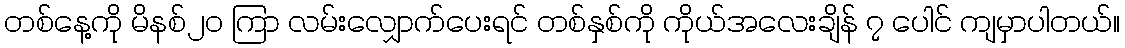
တစ်နေ့ကို မိနစ်၂၀ ကြာ လမ်းလျှောက်ပေးရင် တစ်နှစ်ကို ကိုယ်အလေးချိန် ၇ ပေါင် ကျမှာပါတယ်။